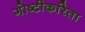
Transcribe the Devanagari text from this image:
गोष्टीकरिता